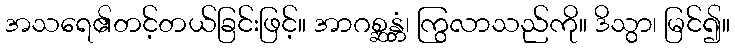
အသရေ၏တင့်တယ်ခြင်းဖြင့်။ အာဂစ္ဆန္တံ၊ ကြွလာသည်ကို။ ဒိသွာ၊ မြင်၍။